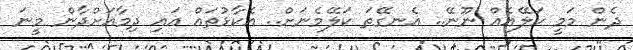
ދެން މަމީ ކަލޭއެއް ނޫނޭ.. އެނގޭތަ ކަލޭމެނަށް.. އެކާޅުތައް އައި ދިމާއަށްދާން މީނަ